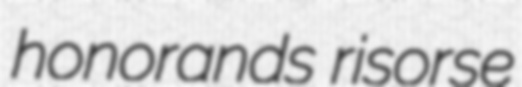
honorands risorse